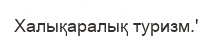
Халықаралық туризм.'